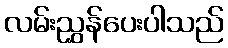
လမ်းညွှန်ပေးပါသည်